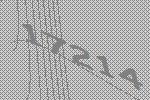
17214